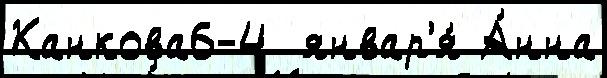
Канкова6-4  январ'я́ А́нна